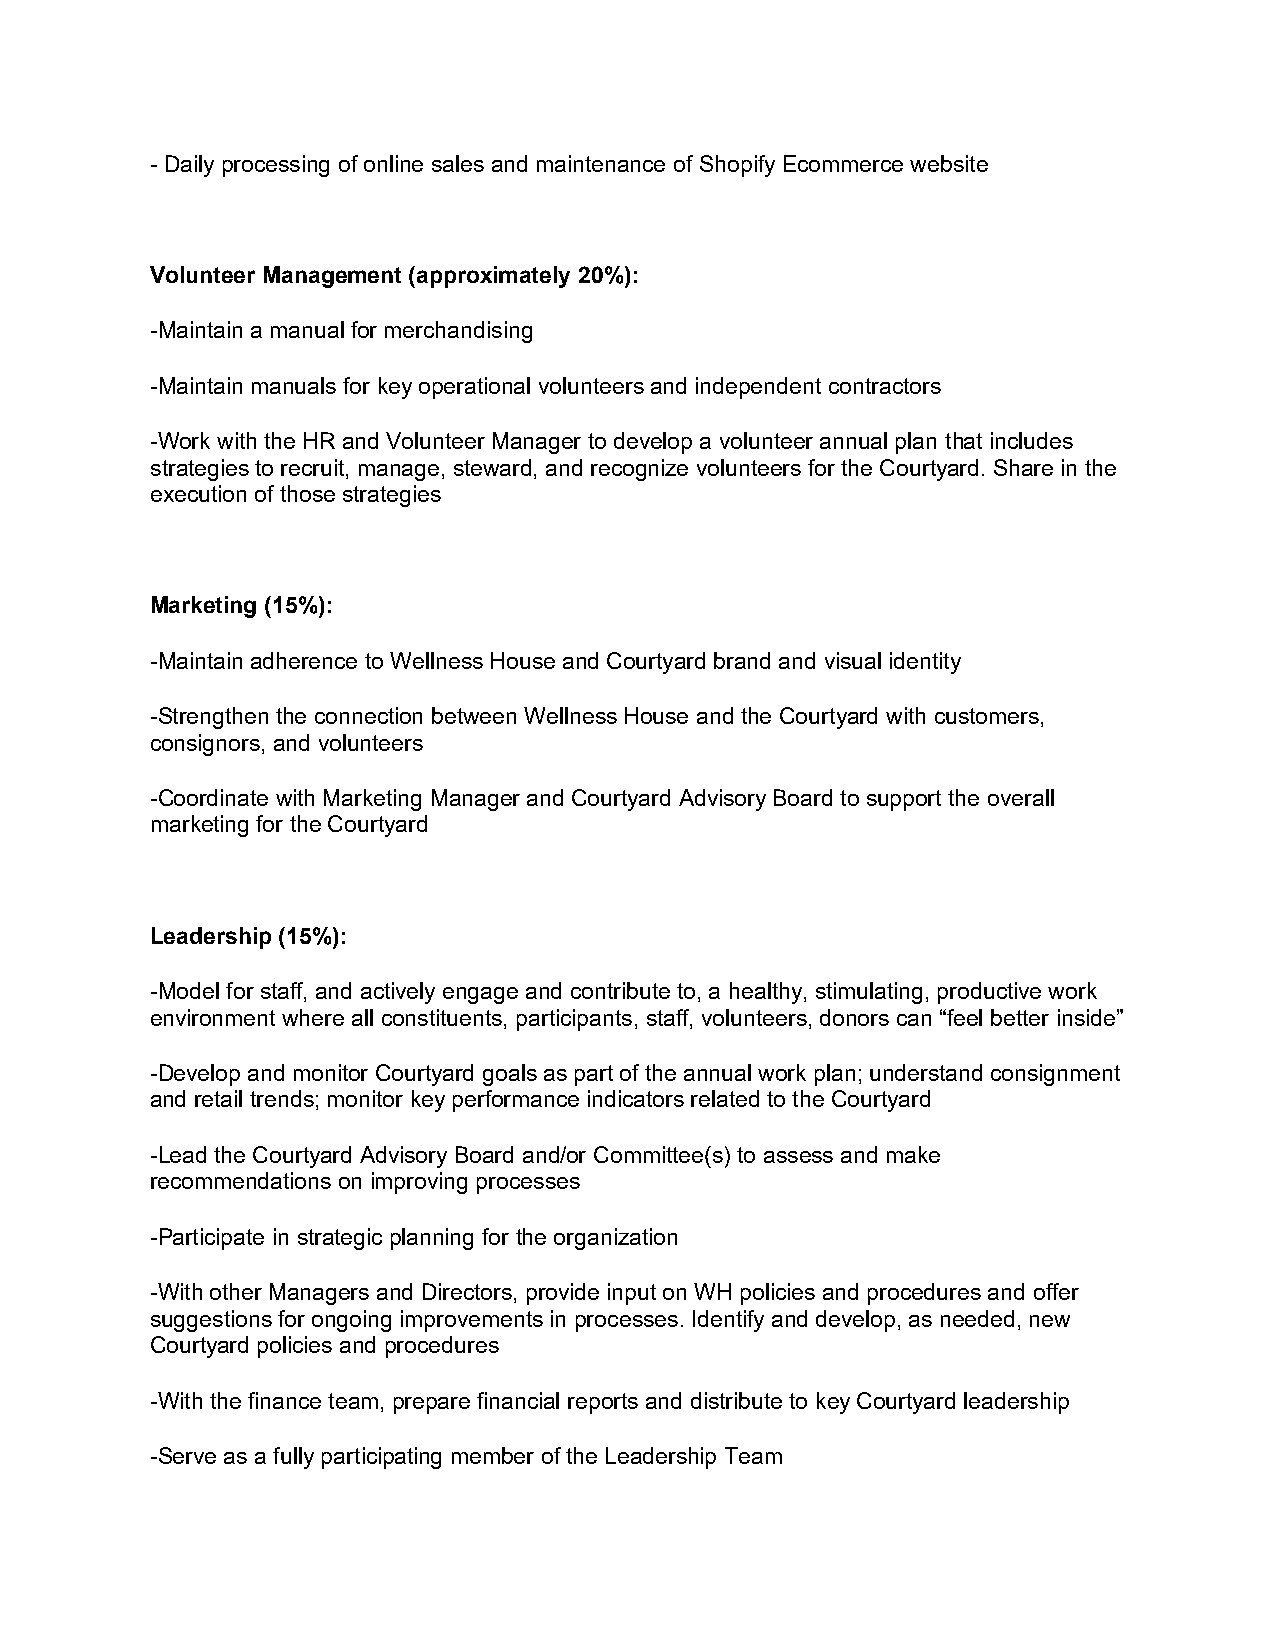
- Daily processing of online sales and maintenance of Shopify Ecommerce website
 Volunteer Management (approximately 20%):
 -Maintain a manual for merchandising
 -Maintain manuals for key operational volunteers and independent contractors
 -Work with the HR and Volunteer Manager to develop a volunteer annual plan that includes
 strategies to recruit, manage, steward, and recognize volunteers for the Courtyard. Share in the
 execution of those strategies
 Marketing (15%):
 -Maintain adherence to Wellness House and Courtyard brand and visual identity
 -Strengthen the connection between Wellness House and the Courtyard with customers,
 consignors, and volunteers
 -Coordinate with Marketing Manager and Courtyard Advisory Board to support the overall
 marketing for the Courtyard
 Leadership (15%):
 -Model for staff, and actively engage and contribute to, a healthy, stimulating, productive work
 environment where all constituents, participants, staff, volunteers, donors can “feel better inside”
 -Develop and monitor Courtyard goals as part of the annual work plan; understand consignment
 and retail trends; monitor key performance indicators related to the Courtyard
 -Lead the Courtyard Advisory Board and/or Committee(s) to assess and make
 recommendations on improving processes
 -Participate in strategic planning for the organization
 -With other Managers and Directors, provide input on WH policies and procedures and offer
 suggestions for ongoing improvements in processes. Identify and develop, as needed, new
 Courtyard policies and procedures
 -With the finance team, prepare financial reports and distribute to key Courtyard leadership
 -Serve as a fully participating member of the Leadership Team